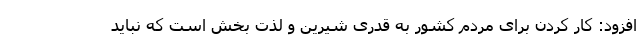
افزود: کار کردن برای مردم کشور به قدری شیرین و لذت بخش است که نباید